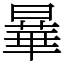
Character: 曅